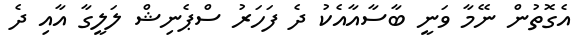
އެގޮތުން ނޭމާ ވަނީ ބާސާއާއެކު ދެ ފަހަރު ސްޕެނިޝް ލަލީގާ އާއި ދެ